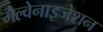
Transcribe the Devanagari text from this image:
गैल्वेनाइजेशन